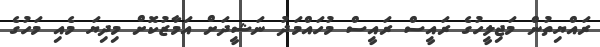
ރައްޔިތުން މަޖިލީހުގެ ރައީސް ރައީސް މުހައްމަދު ނަޝީދަށް އަމާޒުކޮށް މިދިޔަ މެއި މަހުގެ